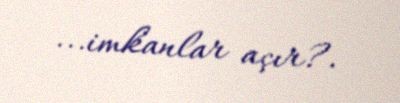
...imkanlar açır?.